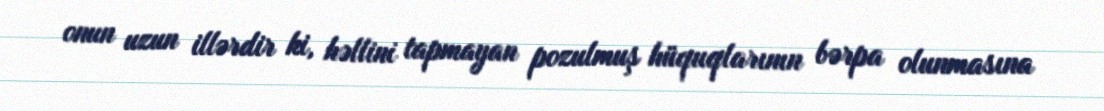
onun uzun illərdir ki, həllini tapmayan pozulmuş hüquqlarının bərpa olunmasına